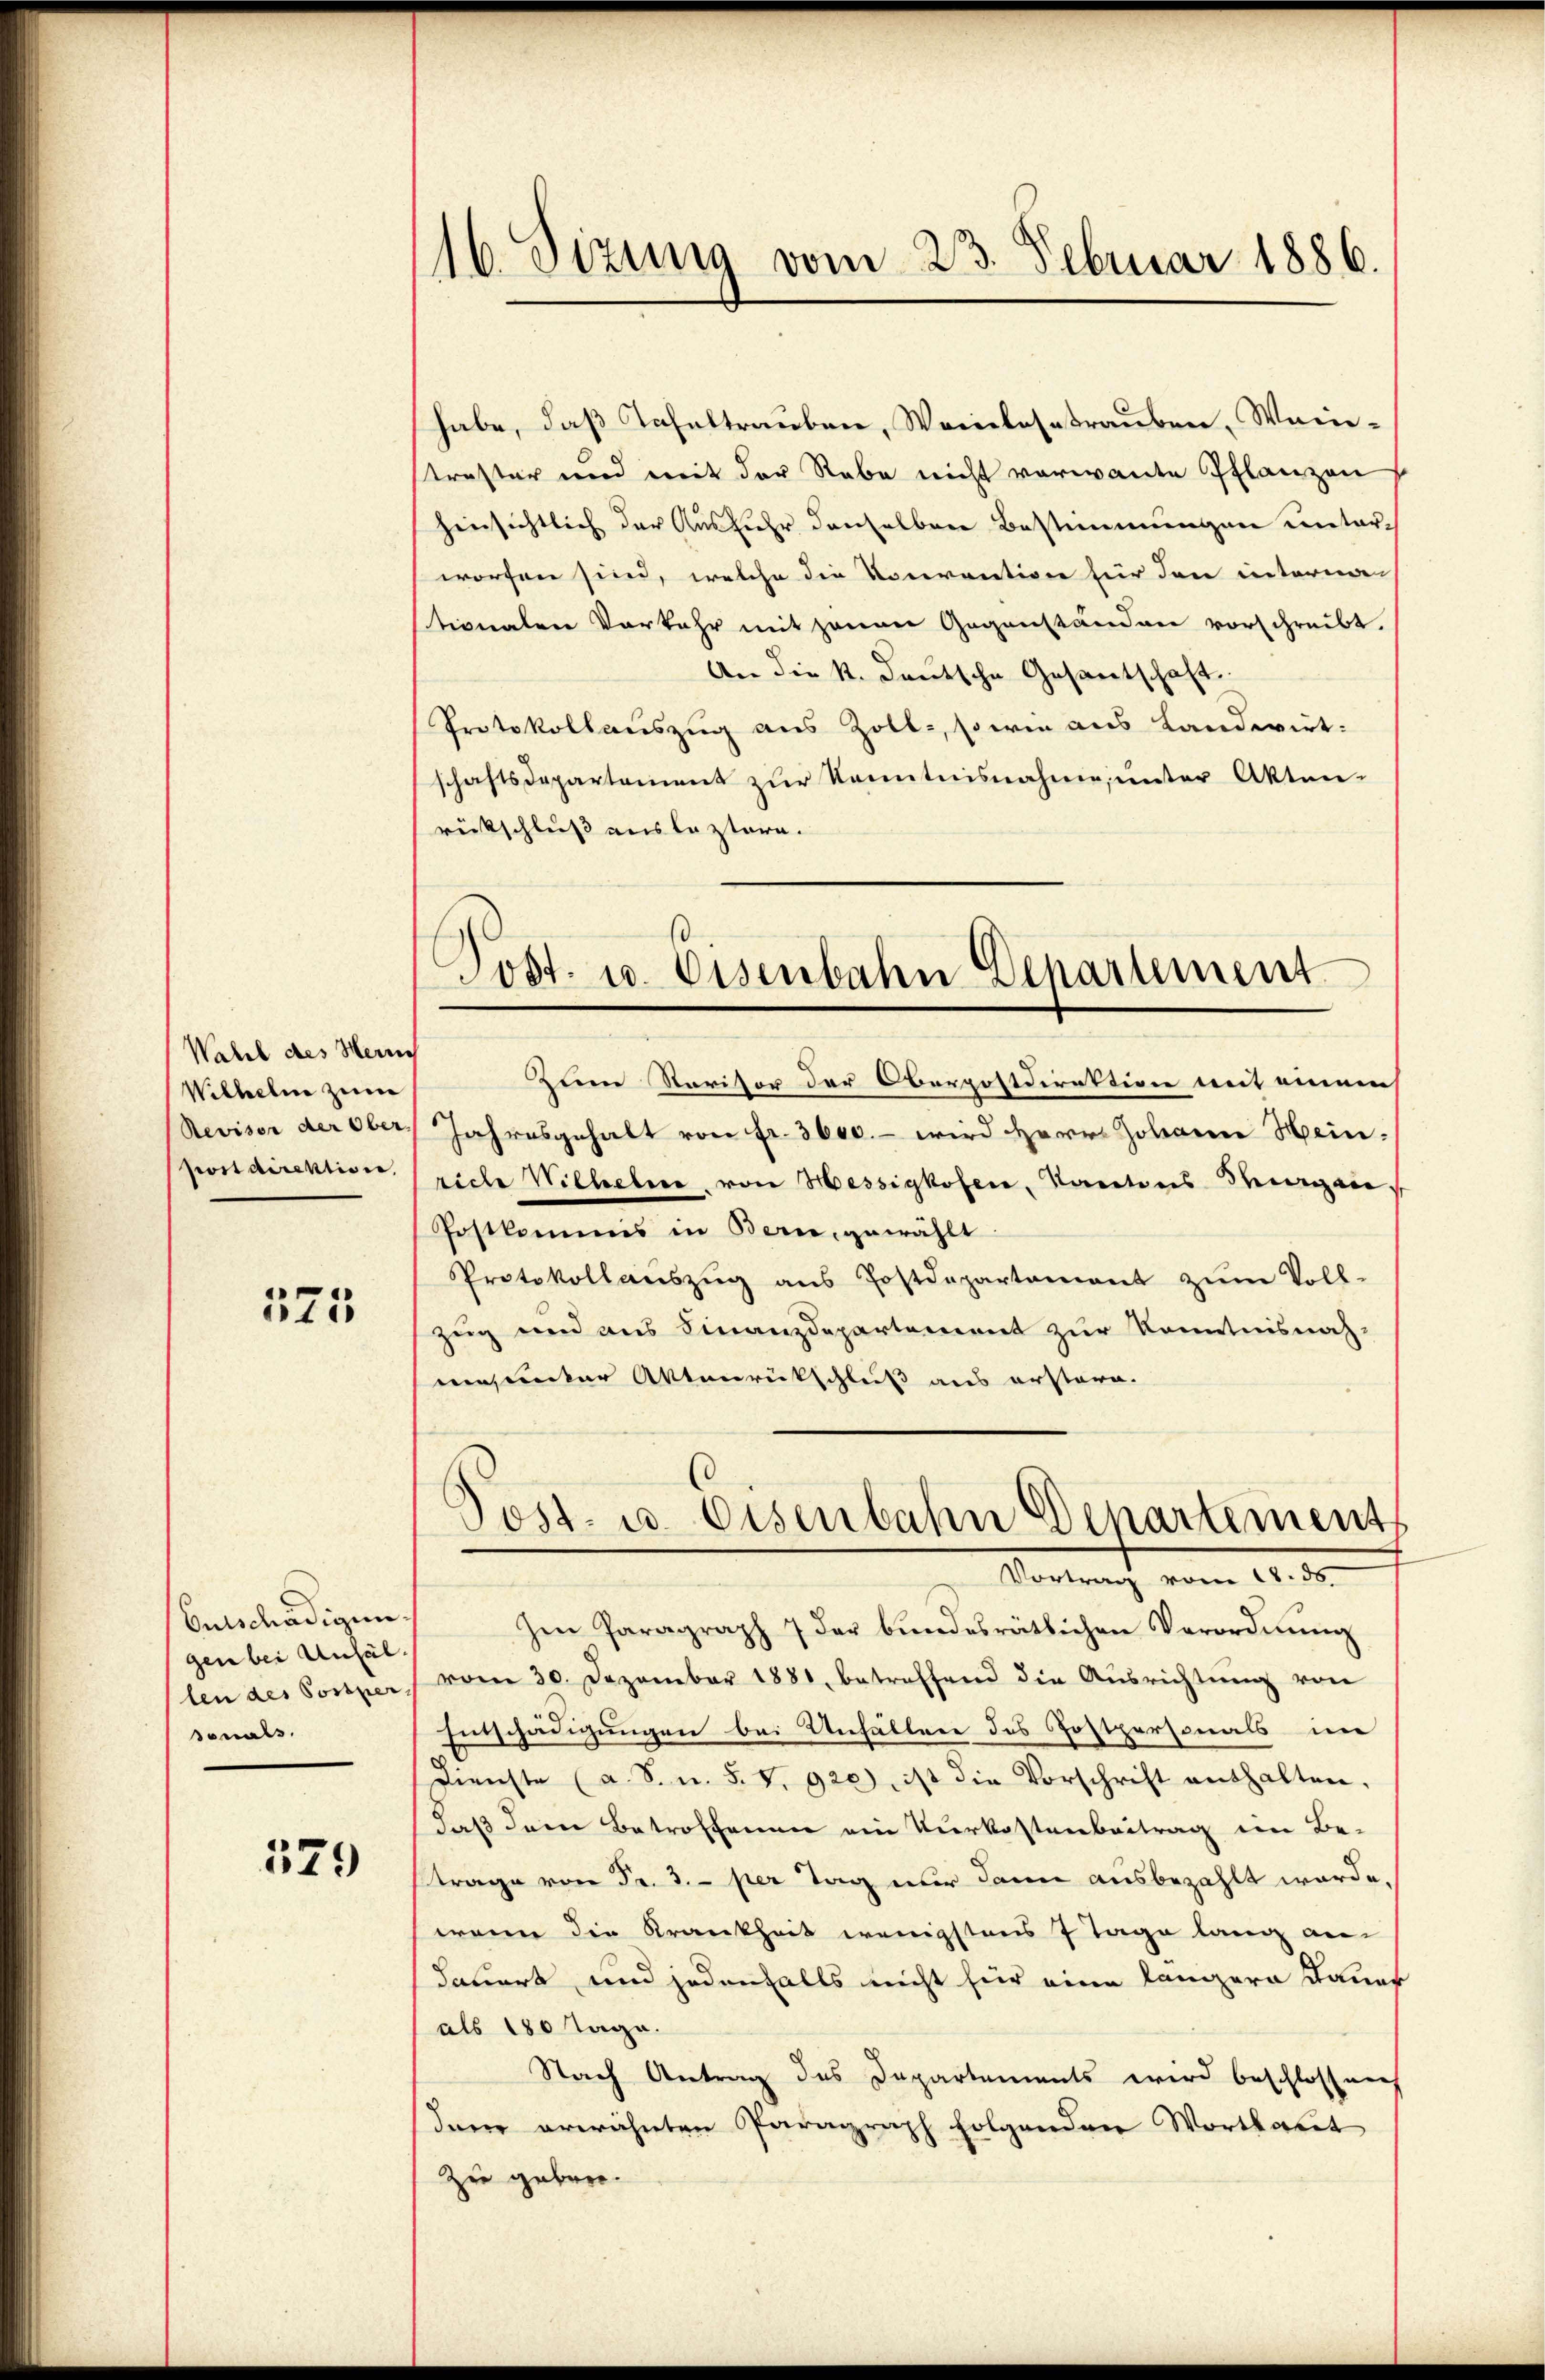
Wahl des Her
Wilhelm zum
Revisor der Ober
pondirektion,

375

Entschädigun
gen bei Unfäl
len des Possper
sonals.

579

16. Sizung vom 23. Februar 1886.

habe, daß Tafeltrauben, Weinlosetrauben, Weinstraster und mit der Rabe nicht vorwante Pflanzen
hinsichtlich der Ausfuhr denselben Bestimmungen unterworfen sind, welche die Vorrention für den interna
stionalen Vorkehr mit jenen Gegenständen vorschreibt.
An die k. Deutsche Gesantschaft.
Protokollauszug aus Zoll, sowie aus Landwirt:
schaftsdepartement zur Kenntnisnahme, unter Akten-
rückschluß aus leztere.
Zum Reritor der Oberpostdirektion mit einem
Jahresgehalt von Fr. 3600. – wird Herr Johanne Heinriche Wilhelme von Hessigkofen, Kantons Morgen.
Postkommis in Bern, gewählt.
Protokollaŭszŭg aŭs Postdepartamant zŭm Voll-
Zug und aus Finanzdepartement zur Kenntnisnah
mucker Aktenrückschluß aus erstare.
Post- u. Eisenbahn Departement
Vortrag vom 18. ds.
Im Paragraph 7 der bundesrätlichen Verordnŭng
vom 30. Dezember 1881, betreffend die Aŭsrichtŭng von
Entschädigungen bei Unfällen des Hostpersonals im
Dienste (a. S.n. 5. v. 920), ist die Vorschrift enthalten.
daß dem Betroffenen ein Verkostenbeitrag im Be-
trage von Fr. 3. per Tag nur dann ausbezahlt werde,
wenn die Krankheit wenigstens 7 Tage lang andauert und jedenfalls nicht für eine längere Dauer
als 180 Tage.
Nach Antrag des Departements wird beschlossen
dann erwähnten Paragraph folgenden Wortkart
Zue gebore¬

Post. u. Eisenbahn Departement